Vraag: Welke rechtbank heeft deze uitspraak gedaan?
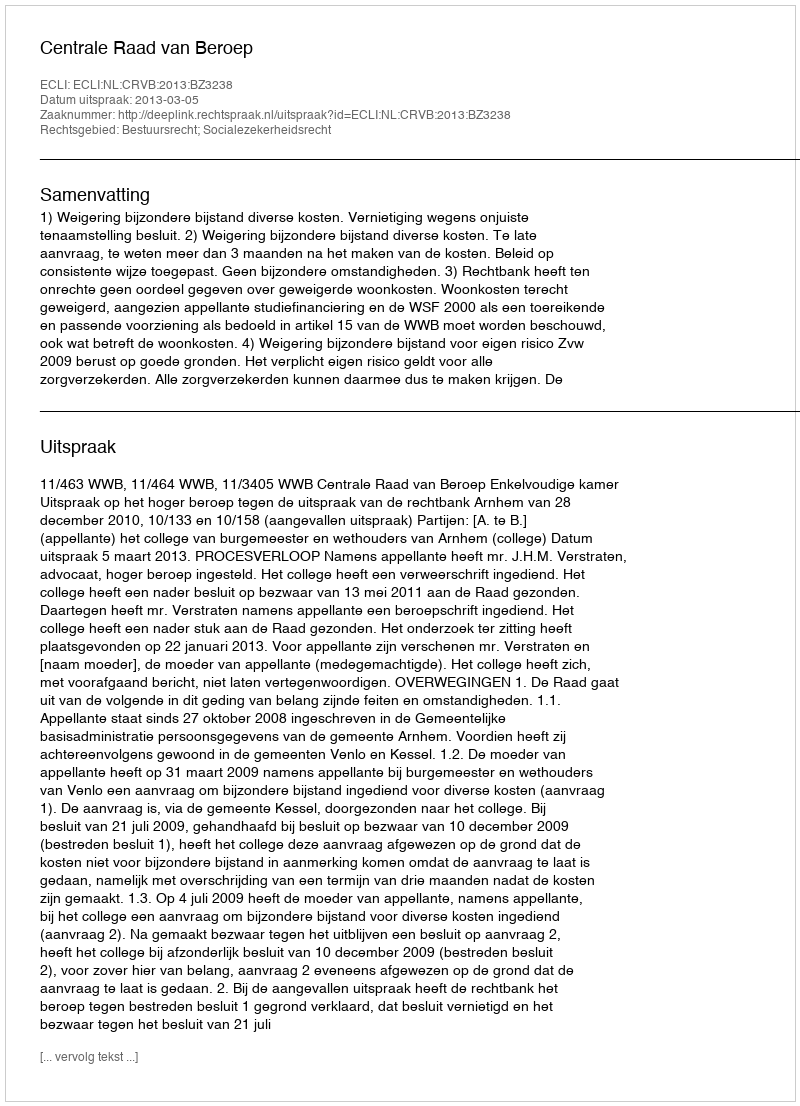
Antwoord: Centrale Raad van Beroep